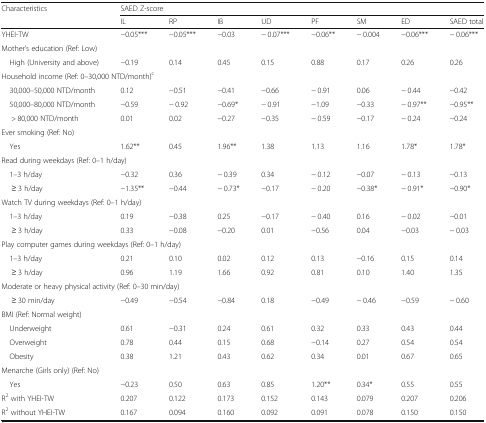
<table><thead><tr><td rowspan="2"><b>Characteristics</b></td><td colspan="8"><b>SAED Z-score</b></td></tr><tr><td><b>IL</b></td><td><b>RP</b></td><td><b>IB</b></td><td><b>UD</b></td><td><b>PF</b></td><td><b>SM</b></td><td><b>ED</b></td><td><b>SAED total</b></td></tr></thead><tbody><tr><td>YHEI-TW</td><td>−0.05***</td><td>−0.05***</td><td>−0.03</td><td>− 0.07***</td><td>−0.06**</td><td>− 0.004</td><td>−0.06***</td><td>− 0.06***</td></tr><tr><td colspan="9">Mother’s education (Ref: Low)</td></tr><tr><td> High (University and above)</td><td>−0.19</td><td>0.14</td><td>0.45</td><td>0.15</td><td>0.88</td><td>0.17</td><td>0.26</td><td>0.26</td></tr><tr><td colspan="9">Household income (Ref: 0–30,000 NTD/month)<sup>c</sup></td></tr><tr><td> 30,000–50,000 NTD/month</td><td>0.12</td><td>−0.51</td><td>−0.41</td><td>−0.66</td><td>− 0.91</td><td>0.06</td><td>− 0.44</td><td>−0.42</td></tr><tr><td> 50,000–80,000 NTD/month</td><td>−0.59</td><td>− 0.92</td><td>−0.69*</td><td>− 0.91</td><td>−1.09</td><td>−0.33</td><td>− 0.97**</td><td>−0.95**</td></tr><tr><td>&gt; 80,000 NTD/month</td><td>0.01</td><td>0.02</td><td>−0.27</td><td>−0.35</td><td>− 0.59</td><td>−0.17</td><td>− 0.24</td><td>−0.24</td></tr><tr><td colspan="9">Ever smoking (Ref: No)</td></tr><tr><td> Yes</td><td>1.62**</td><td>0.45</td><td>1.96**</td><td>1.38</td><td>1.13</td><td>1.16</td><td>1.78*</td><td>1.78*</td></tr><tr><td colspan="9">Read during weekdays (Ref: 0–1 h/day)</td></tr><tr><td> 1–3 h/day</td><td>−0.32</td><td>0.36</td><td>− 0.39</td><td>0.34</td><td>− 0.12</td><td>−0.07</td><td>− 0.13</td><td>−0.13</td></tr><tr><td>≥ 3 h/day</td><td>−1.35**</td><td>−0.44</td><td>− 0.73*</td><td>−0.17</td><td>− 0.20</td><td>−0.38*</td><td>− 0.91*</td><td>−0.90*</td></tr><tr><td colspan="9">Watch TV during weekdays (Ref: 0–1 h/day)</td></tr><tr><td> 1–3 h/day</td><td>0.19</td><td>−0.38</td><td>0.25</td><td>−0.17</td><td>− 0.40</td><td>0.16</td><td>− 0.02</td><td>−0.01</td></tr><tr><td>≥ 3 h/day</td><td>0.33</td><td>−0.08</td><td>−0.20</td><td>0.01</td><td>−0.56</td><td>0.04</td><td>−0.03</td><td>− 0.03</td></tr><tr><td colspan="9">Play computer games during weekdays (Ref: 0–1 h/day)</td></tr><tr><td> 1–3 h/day</td><td>0.21</td><td>0.10</td><td>0.02</td><td>0.12</td><td>0.13</td><td>−0.16</td><td>0.15</td><td>0.14</td></tr><tr><td>≥ 3 h/day</td><td>0.96</td><td>1.19</td><td>1.66</td><td>0.92</td><td>0.81</td><td>0.10</td><td>1.40</td><td>1.35</td></tr><tr><td colspan="9">Moderate or heavy physical activity (Ref: 0–30 min/day)</td></tr><tr><td>≥ 30 min/day</td><td>−0.49</td><td>−0.54</td><td>−0.84</td><td>0.18</td><td>−0.49</td><td>− 0.46</td><td>−0.59</td><td>− 0.60</td></tr><tr><td colspan="9">BMI (Ref: Normal weight)</td></tr><tr><td> Underweight</td><td>0.61</td><td>−0.31</td><td>0.24</td><td>0.61</td><td>0.32</td><td>0.33</td><td>0.43</td><td>0.44</td></tr><tr><td> Overweight</td><td>0.78</td><td>0.44</td><td>0.15</td><td>0.68</td><td>−0.14</td><td>0.27</td><td>0.54</td><td>0.54</td></tr><tr><td> Obesity</td><td>0.38</td><td>1.21</td><td>0.43</td><td>0.62</td><td>0.34</td><td>0.01</td><td>0.67</td><td>0.65</td></tr><tr><td colspan="9">Menarche (Girls only) (Ref: No)</td></tr><tr><td> Yes</td><td>−0.23</td><td>0.50</td><td>0.63</td><td>0.85</td><td>1.20**</td><td>0.34*</td><td>0.55</td><td>0.55</td></tr><tr><td>R<sup>2</sup> with YHEI-TW</td><td>0.207</td><td>0.122</td><td>0.173</td><td>0.152</td><td>0.143</td><td>0.079</td><td>0.207</td><td>0.206</td></tr><tr><td>R<sup>2</sup> without YHEI-TW</td><td>0.167</td><td>0.094</td><td>0.160</td><td>0.092</td><td>0.091</td><td>0.078</td><td>0.150</td><td>0.150</td></tr></tbody></table>